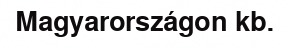
Magyarországon kb.